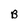
Character: B